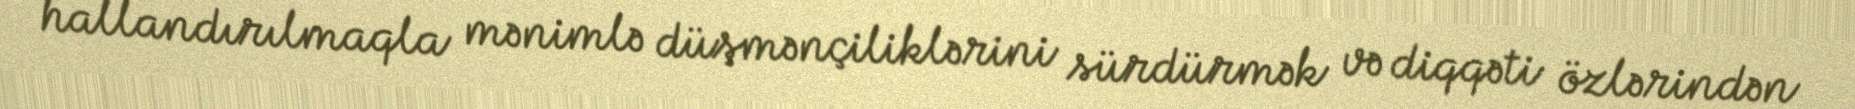
hallandırılmaqla mənimlə düşmənçiliklərini sürdürmək və diqqəti özlərindən